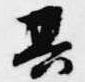
其